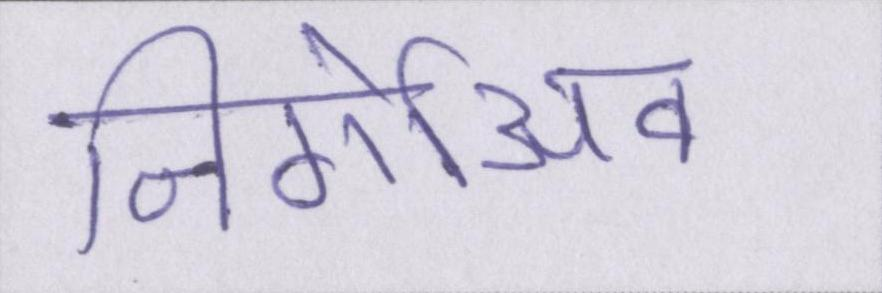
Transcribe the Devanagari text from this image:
निगेअिव